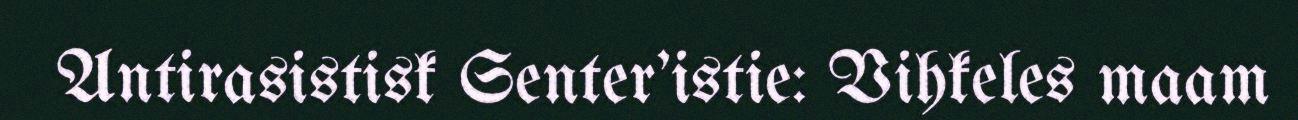
Antirasistisk Senter'istie: Vihkeles maam